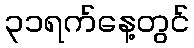
၃၁ရက်နေ့တွင်